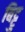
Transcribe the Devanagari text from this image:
बिट्टु